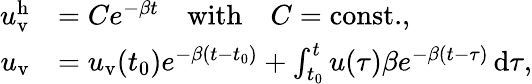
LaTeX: \begin{array}{rl}{u_{\mathrm{v}}^{\mathrm{h}}}&{=Ce^{-\beta t}\quad\mathrm{with}\quad C=\mathrm{const.},}\\ {u_{\mathrm{v}}}&{=u_{\mathrm{v}}(t_{0})e^{-\beta(t-t_{0})}+\int_{t_{0}}^{t}u(\tau)\beta e^{-\beta(t-\tau)}\, \mathrm{d}\tau,}\end{array}